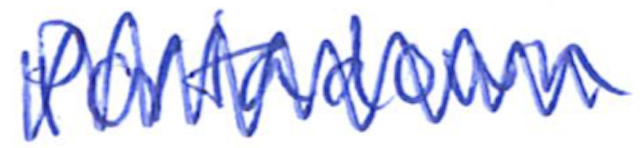
Text: Portadown
Cross-out: zig-zag
Writing tool: ballpoint